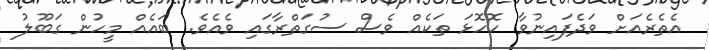
އެތެރެއަށް ވަދެފައިނުވާ ހޮހޮޅަ ތަކެއް ވެސް ސުގަތްރާގައި ވެއެވެ. ބައެއް މީހުން ގަބޫލު